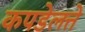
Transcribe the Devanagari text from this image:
कपडेलत्ते